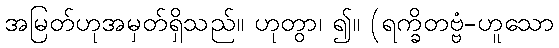
အမြတ်ဟုအမှတ်ရှိသည်။ ဟုတွာ၊ ၍။ (ရက္ခိတဗ္ဗံ-ဟူသော